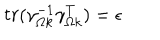
LaTeX: t r ( \gamma _ { \Omega k } ^ { - 1 } \gamma _ { \Omega k } ^ { T } ) = \epsilon